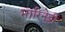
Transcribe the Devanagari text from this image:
मारिनेट्टी